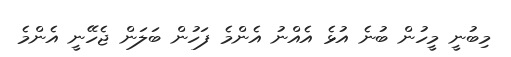
މިބުނީ މީހުން ބުނެ އުޅެ އެއްނު އެންމެ ފަހުން ބަލަން ޖެހޭނީ އެންމެ